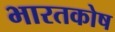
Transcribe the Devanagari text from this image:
भारतकोष